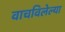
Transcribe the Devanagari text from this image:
वाचविलेल्या